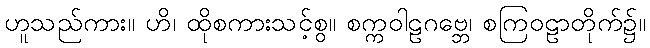
ဟူသည်ကား။ ဟိ၊ ထိုစကားသင့်စွ။ စက္ကဝါဠဂဗ္ဘေ၊ စကြဝဠာတိုက်၌။